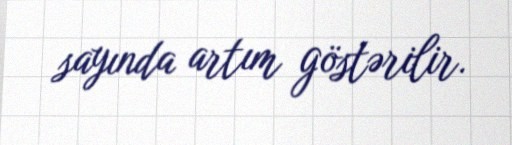
sayında artım göstərilir.